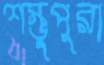
শম্ভুপুরা